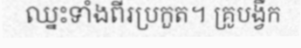
ឈ្នះទាំងពីរប្រកួត។ គ្រូបង្វឹក